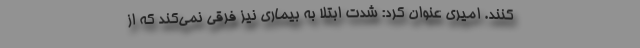
کنند. امیری عنوان کرد: شدت ابتلا به بیماری نیز فرقی نمی‌کند که از